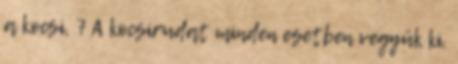
a kocsi, 7 A kocsirudat minden esetben vegyük ki.